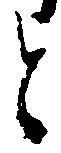
と